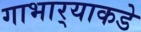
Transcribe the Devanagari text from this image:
गाभार्‍याकडे